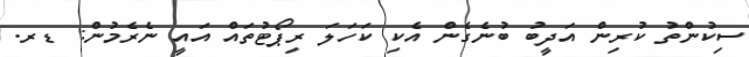
ސިކުންތު ކުރިން އަދީބު ބުނެގެން އެކި ކަހަލަ ރިޕޯޓުތައް އައީ ނެރެމުން: ޑރ.